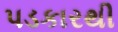
પડકારથી